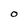
Character: O